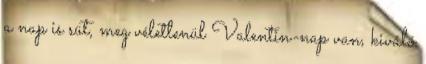
a nap is süt, meg véletlenül Valentin-nap van, kiváló